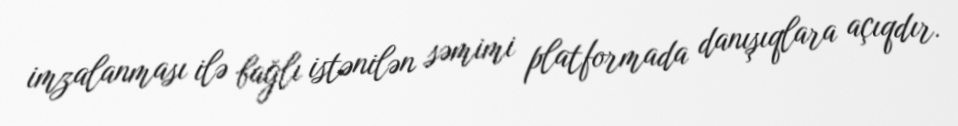
imzalanması ilə bağlı istənilən səmimi platformada danışıqlara açıqdır.